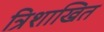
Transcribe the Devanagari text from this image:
त्रिशाखित